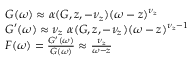
\begin{array} { r } { \begin{array} { r l } & { G ( \omega ) \approx \alpha ( G , z , - \nu _ { z } ) ( \omega - z ) ^ { \nu _ { z } } } \\ & { G ^ { \prime } ( \omega ) \approx \nu _ { z } ~ \alpha ( G , z , - \nu _ { z } ) ( \omega - z ) ^ { \nu _ { z } - 1 } } \\ & { F ( \omega ) = \frac { G ^ { \prime } ( \omega ) } { G ( \omega ) } \approx \frac { \nu _ { z } } { \omega - z } } \end{array} } \end{array}